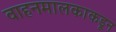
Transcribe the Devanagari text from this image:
वाहनमालकाकडून